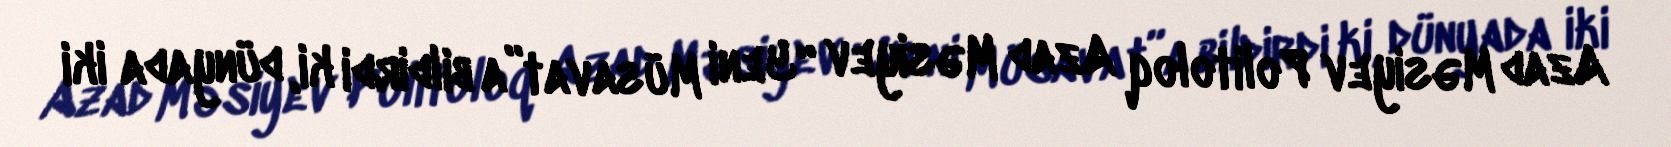
Azad Məsiyev Politoloq Azad Məsiyev “Yeni Müsavat”a bildirdi ki, dünyada iki